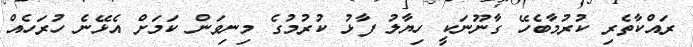
ރައްކާތެރި ކުރުމާބެހޭ ގާނޫނަކީ ހިޔާލު ފާޅު ކުރުމުގެ މިނިވަން ކަމަށް އެޅޭނެ ހުރަހެއް